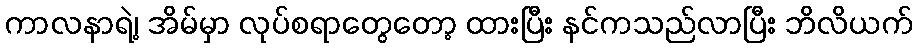
ကာလနာရဲ့၊ အိမ်မှာ လုပ်စရာတွေတော့ ထားပြီး နင်ကသည်လာပြီး ဘိလိယက်